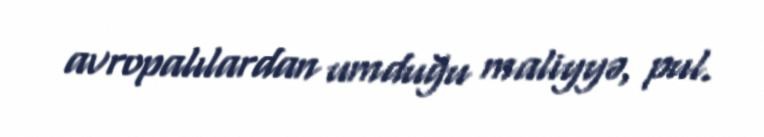
avropalılardan umduğu maliyyə, pul.